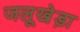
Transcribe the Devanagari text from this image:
जलूखेड़ा